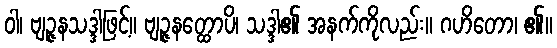
ဝါ၊ ဗျဉ္ဇနသဒ္ဒါဖြင့်။ ဗျဉ္ဇနတ္ထောပိ၊ သဒ္ဒါ၏ အနက်ကိုလည်း။ ဂဟိတော၊ ၏။